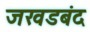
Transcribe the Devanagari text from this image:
जखडबंद